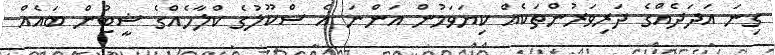
ގިނަ އަދަދެއްގެ ދަރިވަރުންތަކެއް ކިޔަވަމުން އަންނަ އެ ސްކޫލުގެ ކްލާހެއްގެ ޝީޓުން ބައެއް